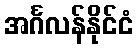
အင်္ဂလန်နိုင်ငံ